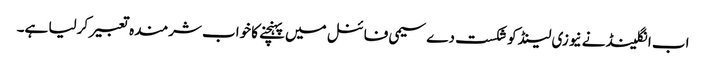
اب انگلینڈ نے نیوزی لینڈ کو شکست دے سیمی فائنل میں پہنچنے کا خواب شرمندہ تعبیرکرلیا ہے۔